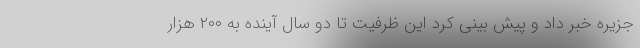
جزیره خبر داد و پیش بینی کرد این ظرفیت تا دو سال آینده به ٢٠٠ هزار